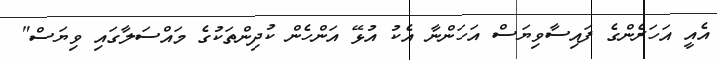
އެއީ އަހަރެންގެ ފައިސާވިޔަސް އަހަންނާ އެކު އުޅޭ އަންހެން ކުދިންތަކުގެ މައްސަލާގައި ވިޔަސް"